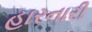
હારનારી